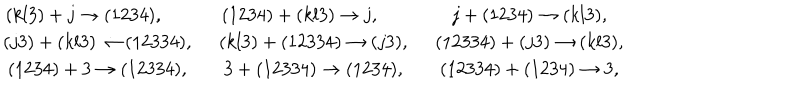
LaTeX: \begin{array} { c c c } { { ( k l 3 ) + j \rightarrow ( 1 2 3 4 ) , \qquad } } & { { ( 1 2 3 4 ) + ( k l 3 ) \rightarrow j , \qquad } } & { { j + ( 1 2 3 4 ) \rightarrow ( k l 3 ) , } } \\ { { ( j 3 ) + ( k l 3 ) \rightarrow ( 1 2 3 3 4 ) , \, \, \, } } & { { ( k l 3 ) + ( 1 2 3 3 4 ) \rightarrow ( j 3 ) , \, \, \, } } & { { ( 1 2 3 3 4 ) + ( j 3 ) \rightarrow ( k l 3 ) , } } \\ { { ( 1 2 3 4 ) + 3 \rightarrow ( 1 2 3 3 4 ) , \, \, \, } } & { { 3 + ( 1 2 3 3 4 ) \rightarrow ( 1 2 3 4 ) , \, \, \, } } & { { ( 1 2 3 3 4 ) + ( 1 2 3 4 ) \rightarrow 3 , } } \\ \end{array}